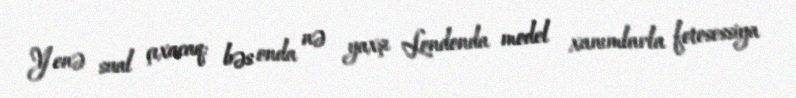
Yenə sual çıxacaq: bəs onda nə yaxşı Londonda model xanımlarla fotosessiya